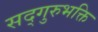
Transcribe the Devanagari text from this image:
सद्गुरुभक्ति